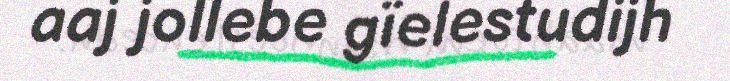
aaj jollebe gïelestudijh